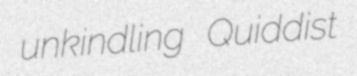
unkindling Quiddist